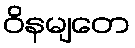
ဝိနမျတေ